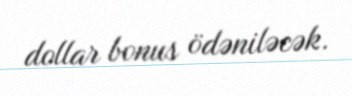
dollar bonus ödəniləcək.